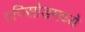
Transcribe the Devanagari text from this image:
एपिसोडमध्ये